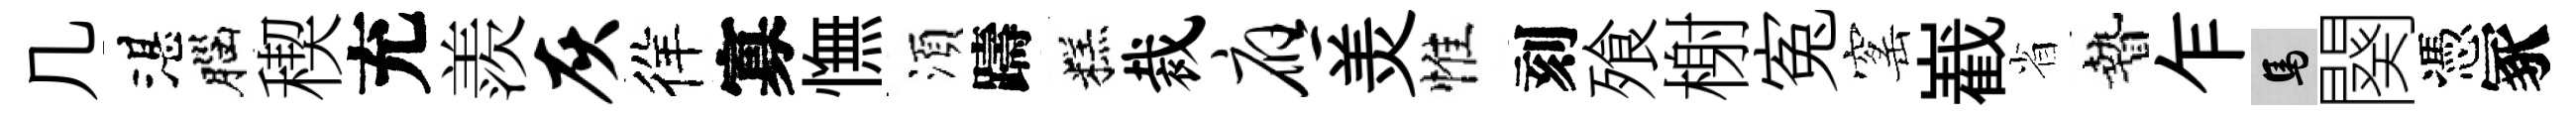
几湛腦稧充羨灰徉寡憮湏躊糕裁应羙惟刻飱榭寃窰嶻省贄乍馬闋憑冢